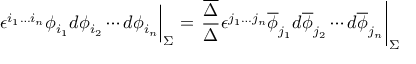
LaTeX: \left. \phantom { { \frac { A } { B } } } { \epsilon ^ { i _ { 1 } \ldots i _ { n } } \phi _ { i _ { 1 } } d \phi _ { i _ { 2 } } \cdots d \phi _ { i _ { n } } } \right| _ { \Sigma } = \left. { \frac { \overline { { { \Delta } } } } { \Delta } } { \epsilon ^ { j _ { 1 } \ldots j _ { n } } \overline { { { \phi } } } _ { j _ { 1 } } d \overline { { { \phi } } } _ { j _ { 2 } } \cdots d \overline { { { \phi } } } _ { j _ { n } } } \right| _ { \Sigma }